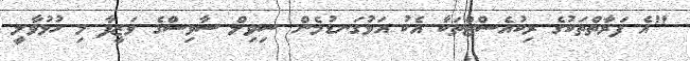
"އެ ފަރާތްތަކުގެ ރިކުއެސްޓްތަކާ އެކު އަޅުގަނޑުމެން ސިވިލް ސާވިސްގެ ވަޒީފާ މި ހުޅުވާލީ